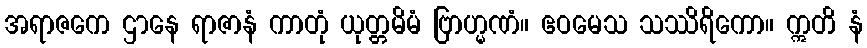
အရာဇကေ ဌာနေ ရာဇာနံ ကာတုံ ယုတ္တမိမံ ဗြာဟ္မဏံ။ ဧဝမေသ သဿိရိကော။ ဣတိ နံ